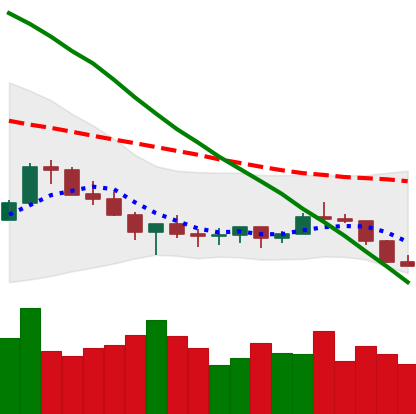
Ticker: XLM-USD
Chart end date: 2022-07-12
Forward return: 5.931%
Label: up_5_7